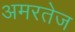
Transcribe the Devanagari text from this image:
अमरतेज